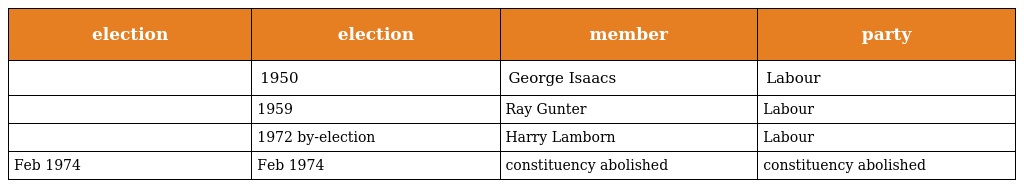
| election | election | member | party |
 | --- | --- | --- | --- |
 |  | 1950 | George Isaacs | Labour |
 |  | 1959 | Ray Gunter | Labour |
 |  | 1972 by-election | Harry Lamborn | Labour |
 | Feb 1974 | Feb 1974 | constituency abolished | constituency abolished |